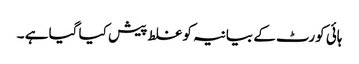
ہائی کورٹ کے بیانیہ کو غلط پیش کیا گیا ہے ۔